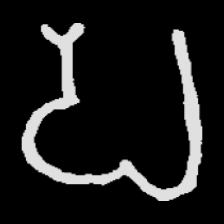
Pyu character \u2014 Myanmar letter: ပ (romanized: pa)